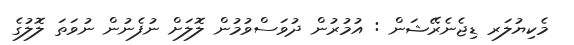
މެކިޔުލަރ ޑިޖެނެރޭޝަން : އުމުރުން ދުވަސްވުމުން ލޮލަށް ނުފެނުން ނުވަތަ ލޮލުގެ